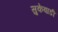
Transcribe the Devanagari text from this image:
सुकेवाडी